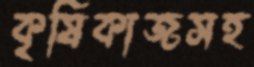
কৃষিকাজসহ